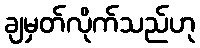
ချမှတ်လိုက်သည်ဟု